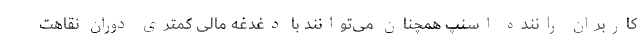
کاربران راننده اسنپ همچنان می‌توانند با دغدغه مالی کمتری دوران نقاهت